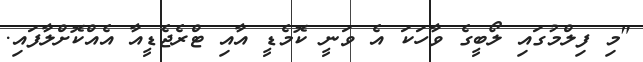
"މި ފިލްމުގައި ލޯބީގެ ވާހަކަ އެ ވަނީ ކޮމެޑީ އާއި ޓްރެޖެޑީއާ އެއްކޮށްލާފައި.